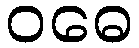
ဝဓေ